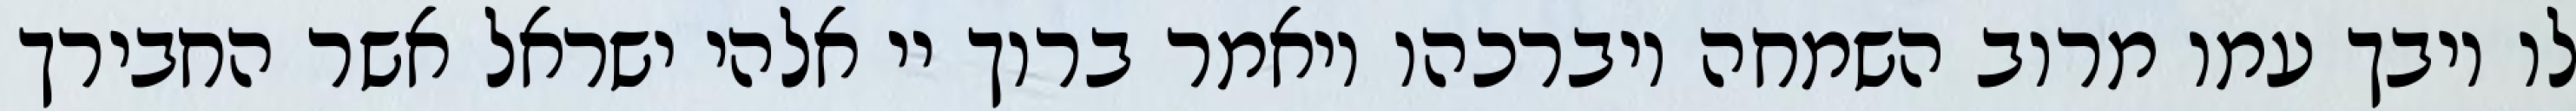
לו ויבך עמו מרוב השמחה ויברכהו ויאמר ברוך יי אלהי ישראל אשר החבירך